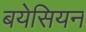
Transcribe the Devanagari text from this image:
बयेसियन